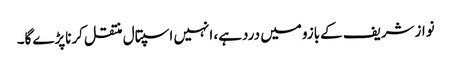
نوازشریف کےبازومیں دردہے، انہیں اسپتال منتقل کرناپڑےگا۔